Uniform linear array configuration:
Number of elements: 8
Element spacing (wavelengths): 0.25
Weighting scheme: binomial
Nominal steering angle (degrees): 0
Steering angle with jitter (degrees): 1.539
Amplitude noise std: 0.05
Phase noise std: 0.05

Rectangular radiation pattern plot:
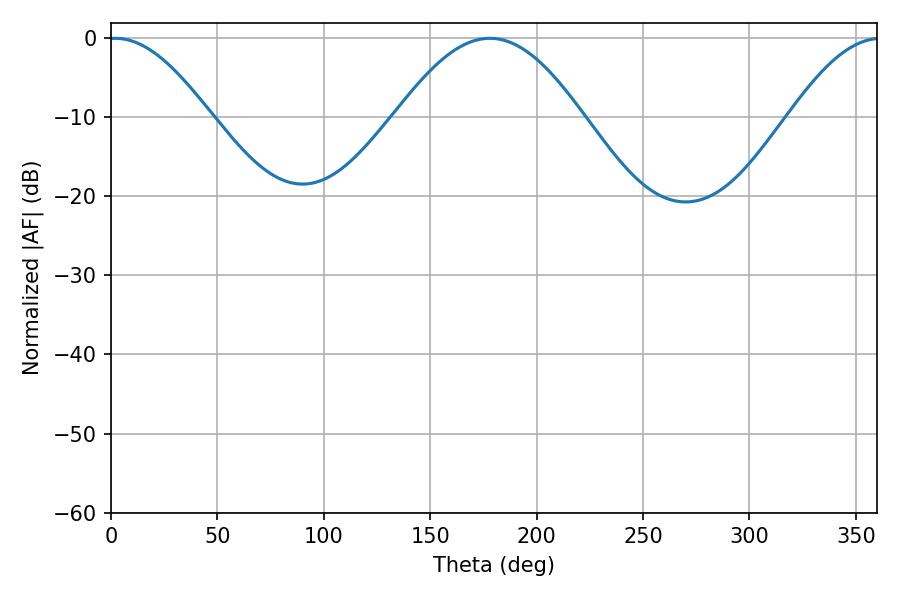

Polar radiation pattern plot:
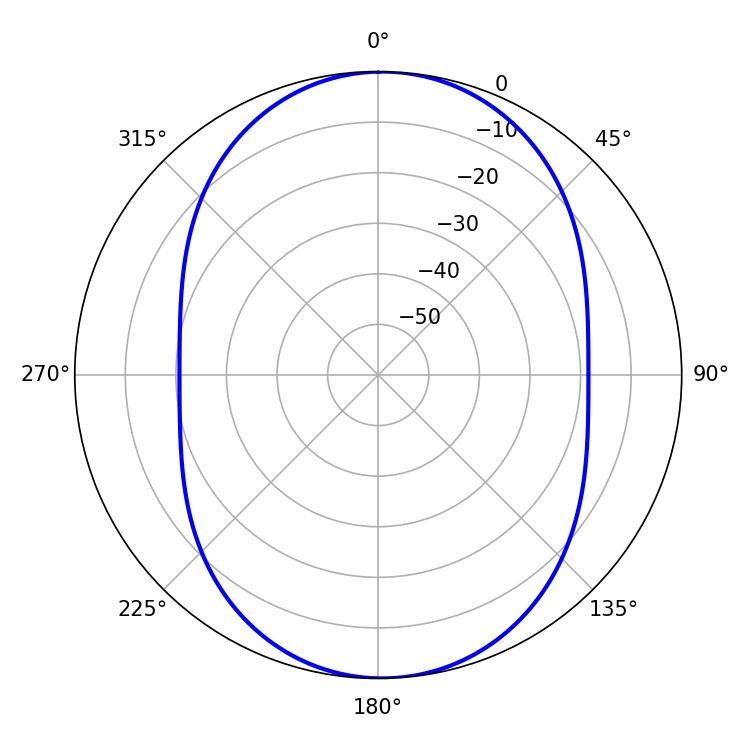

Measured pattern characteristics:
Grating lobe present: FALSE
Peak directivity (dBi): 14.325
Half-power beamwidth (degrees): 25.74
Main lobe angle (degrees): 1.98